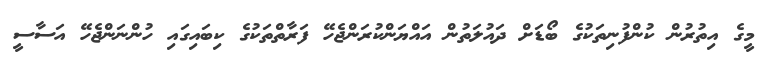
މީގެ އިތުރުން ކުންފުނިތަކުގެ ބޯޑަށް ދައުލަތުން އައްޔަންކުރަންޖެހޭ ފަރާތްތަކުގެ ކިބައިގައި ހުންނަންޖެހޭ އަސާސީ